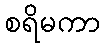
စရိမကာ